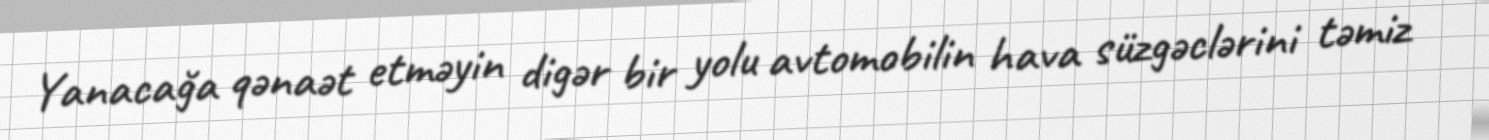
Yanacağa qənaət etməyin digər bir yolu avtomobilin hava süzgəclərini təmiz